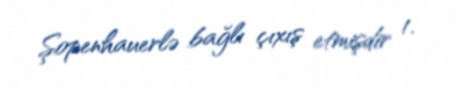
Şopenhauerlə bağlı çıxış etmişdir 1.